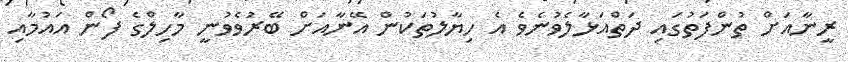
ރީނާއަށް ތުންފަތުގައި ދަތްއަޅާލެވުނެވެ އެ ހިޔާލުތަކުން އޭނާއަށް ބޭރުވެވުނީ މާހިލްގެ ފޯން އައުމާއި